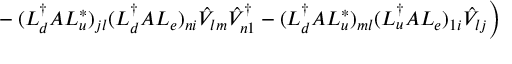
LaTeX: \left. ~ ~ ~ ~ ~ ~ ~ - ( L _ { d } ^ { \dag } { \cal A } L _ { u } ^ { * } ) _ { j l } ( L _ { d } ^ { \dag } { \cal A } L _ { e } ) _ { n i } \hat { V } _ { l m } \hat { V } _ { n 1 } ^ { \dag } - ( L _ { d } ^ { \dag } { \cal A } L _ { u } ^ { * } ) _ { m l } ( L _ { u } ^ { \dag } { \cal A } L _ { e } ) _ { 1 i } \hat { V } _ { l j } \right)